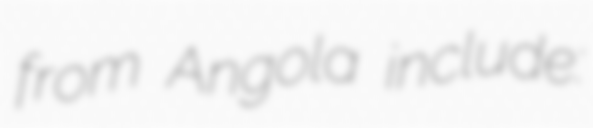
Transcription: from Angola include: